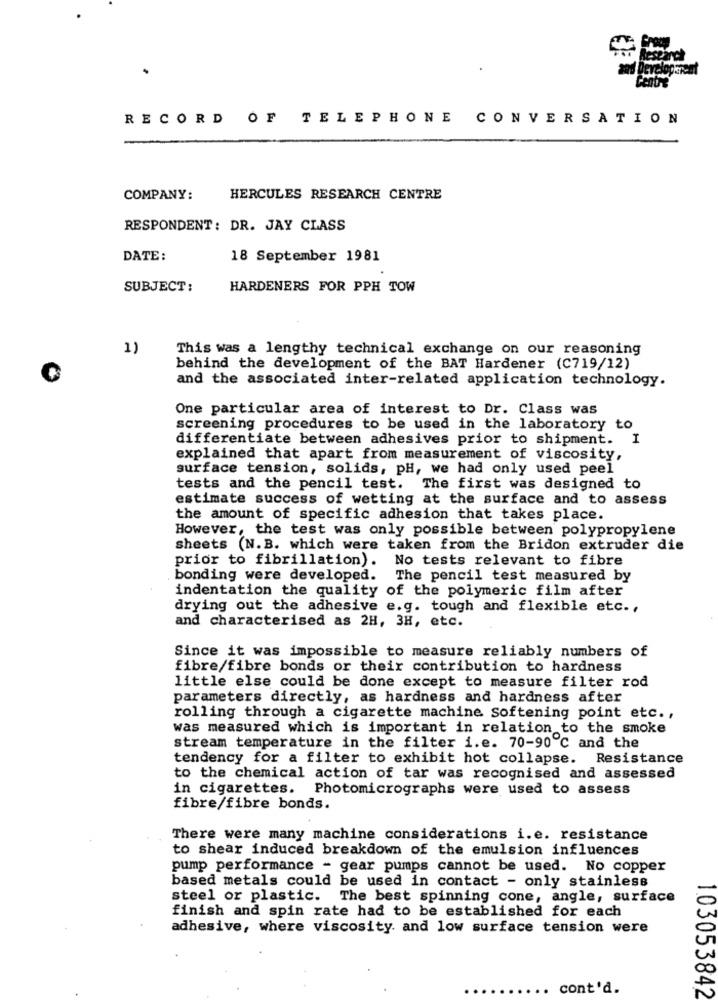
Bescaret
RECORD OF TELEPHONE CONVERSATION
COMPANY:
HERCULES RESEARCH CENTRE
RESPONDENT: DR. JAY CLASS
DATE:
18 September 1981
SUBJECT:
HARDENERS FOR PPH TOW
1)
This was a lengthy technical exchange on our reasoning
behind the development of the BAT Hardener (C719/12)
and the associated inter-related application technology.
One particular area of interest to Dr. Class was
screening procedures to be used in the laboratory to
differentiate between adhesives prior to shipment. I
explained that apart from measurement of viscosity,
surface tension, solids, pH, we had only used peel
tests and the pencil test. The first was designed to
estimate success of wetting at the surface and to assess
the amount of specific adhesion that takes place.
However, the test was only possible between polypropylene
sheets (N.B. which were taken from the Bridon extruder die
prior to fibrillation). No tests relevant to fibre
bonding were developed. The pencil test measured by
indentation the quality of the polymeric film after
drying out the adhesive e.g. tough and flexible etc .,
and characterised as 2H, 3H, etc.
Since it was impossible to measure reliably numbers of
fibre/fibre bonds or their contribution to hardness
little else could be done except to measure filter rod
parameters directly, as hardness and hardness after
rolling through a cigarette machine softening point etc .,
was measured which is important in relation to the smoke
stream temperature in the filter i.e. 70-90℃ and the
tendency for a filter to exhibit hot collapse. Resistance
to the chemical action of tar was recognised and assessed
in cigarettes.
Photomicrographs were used to assess
fibre/fibre bonds.
There were many machine considerations i.e. resistance
to shear induced breakdown of the emulsion influences
pump performance - gear pumps cannot be used. No copper
based metals could be used in contact - only stainless
steel or plastic. The best spinning cone, angle, surface
finish and spin rate had to be established for each
adhesive, where viscosity. and low surface tension were
cont'd.
103053842